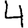
Digit: 4